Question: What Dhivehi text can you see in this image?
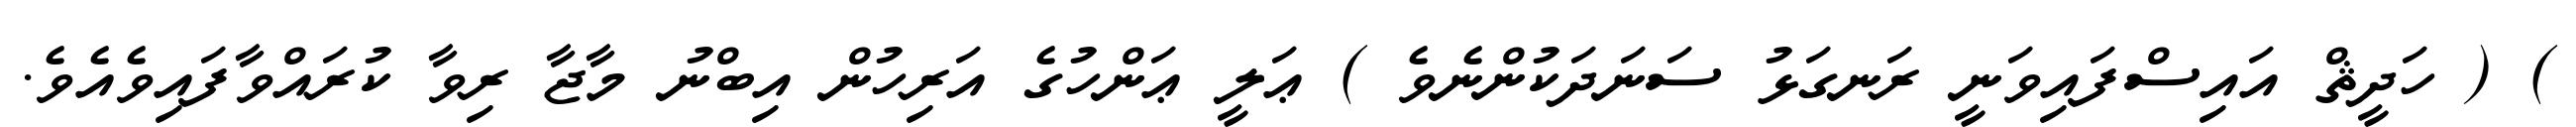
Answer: ) ( ހަދީޘް އައިސްފައިވަނީ ރަނގަޅު ސަނަދަކުންނެވެ ) ޢަލީ ޢަންހުގެ އަރިހުން އިބްނު މާޖާ ރިވާ ކުރައްވާފައިވެއެވެ.